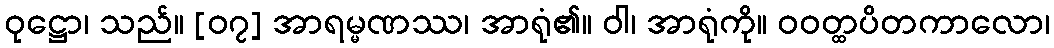
ဝုဋ္ဌော၊ သည်။ [၀၇] အာရမ္မဏဿ၊ အာရုံ၏။ ဝါ၊ အာရုံကို။ ဝဝတ္ထပိတကာလော၊